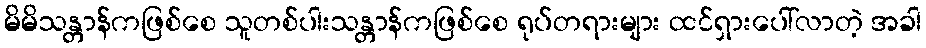
မိမိသန္တာန်ကဖြစ်စေ သူတစ်ပါးသန္တာန်ကဖြစ်စေ ရုပ်တရားများ ထင်ရှားပေါ်လာတဲ့ အခါ